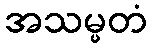
အသမ္မတံ